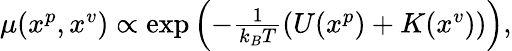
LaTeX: \begin{array}{r}{\textstyle\mu(x^{p},x^{v})\propto\exp\left(-\frac{1}{k_{B}T}(U(x^{p})+K(x^{v}))\right),}\end{array}